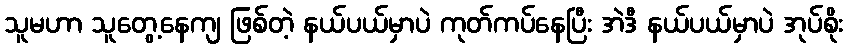
သူမဟာ သူတွေ့နေကျ ဖြစ်တဲ့ နယ်ပယ်မှာပဲ ကုတ်ကပ်နေပြီး အဲဒီ နယ်ပယ်မှာပဲ အုပ်စိုး